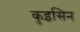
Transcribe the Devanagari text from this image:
कुइसिन